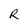
Character: R